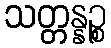
သတ္တန္နဉ္စ